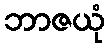
ဘာဇယုံ